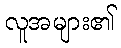
လူအများ၏